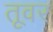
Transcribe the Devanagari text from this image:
तूवर